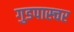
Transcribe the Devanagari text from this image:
गुडपास्चर